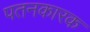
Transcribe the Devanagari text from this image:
पतनकारक